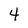
Character: 4